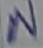
Text: N